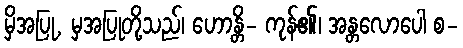
မှိအပြု, မှအပြုတို့သည်၊ ဟောန္တိ- ကုန်၏၊ အန္တလောပေါ စ-